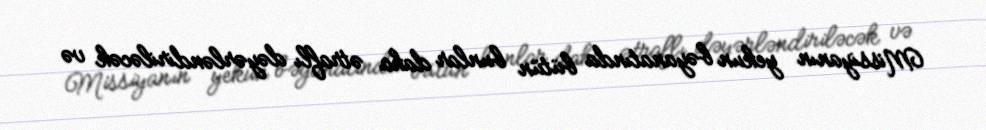
Missiyanın yekun bəyanatında bütün bunlar daha ətraflı dəyərləndiriləcək və